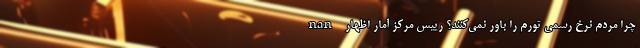
nan چرا مردم نرخ رسمی تورم را باور نمی‌کنند؟ رییس مرکز آمار اظهار